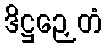
ဒိဋ္ဌဉှေတံ